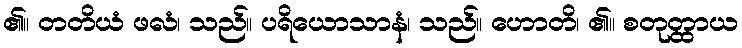
၏။ တတိယံ ဖလံ၊ သည်။ ပရိယောသာနံ၊ သည်။ ဟောတိ၊ ၏။ စတုတ္ထာယ